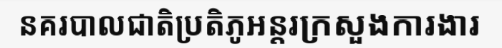
នគរបាលជាតិប្រតិភូអន្តរក្រសួងការងារ